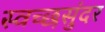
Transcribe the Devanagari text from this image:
स्वच्छसुंदर